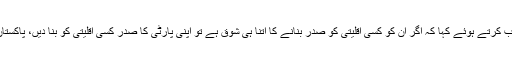
لیاقت بلوچ نے بلاول بھٹو زرداری کو مخاطب کرتے ہوئے کہا کہ اگر ان کو کسی اقلیتی کو صدر بنانے کا اتنا ہی شوق ہے تو اپنی پارٹی کا صدر کسی اقلیتی کو بنا دیں، پاکستان کے دستور میں اس کی کوئی گنجائش نہیں۔